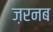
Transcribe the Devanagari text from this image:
ज़रनब